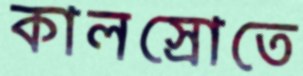
কালস্রোতে